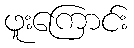
ဖူးကြောင်း